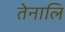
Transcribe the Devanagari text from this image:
तेनालि